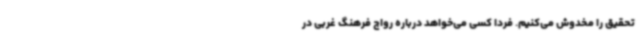
تحقیق را مخدوش می‌کنیم. فردا کسی می‌خواهد درباره رواج فرهنگ غربی در